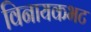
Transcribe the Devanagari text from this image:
विनायकभट